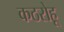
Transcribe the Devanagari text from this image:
कठरोहू